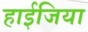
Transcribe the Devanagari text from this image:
हाईजिया